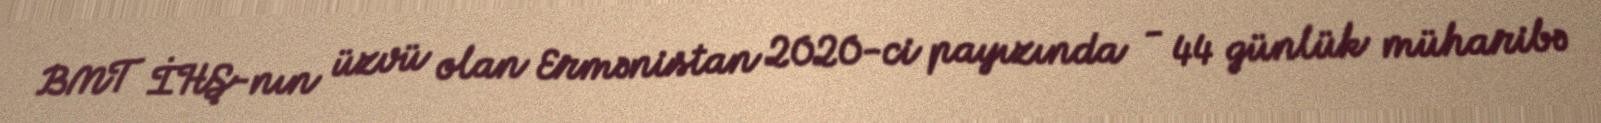
BMT İHŞ-nın üzvü olan Ermənistan 2020-ci payızında - 44 günlük müharibə